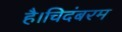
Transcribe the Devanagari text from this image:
है।चिदंबरम